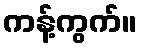
ကန့်ကွက်။